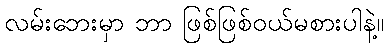
လမ်းဘေးမှာ ဘာ ဖြစ်ဖြစ်ဝယ်မစားပါနဲ့။